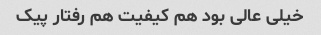
خیلی عالی بود هم کیفیت هم رفتار پیک